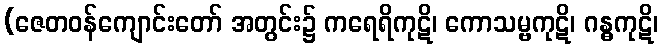
(ဇေတဝန်ကျောင်းတော် အတွင်း၌ ကရေရိကုဋိ၊ ကောသမ္ဗကုဋိ၊ ဂန္ဓကုဋိ၊